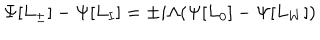
\Psi [ L _ { \pm } ] - \Psi [ L _ { I } ] = \pm i \Lambda ( \Psi [ L _ { 0 } ] - \Psi [ L _ { W } ] )